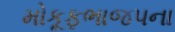
મોકૂફભાજપના